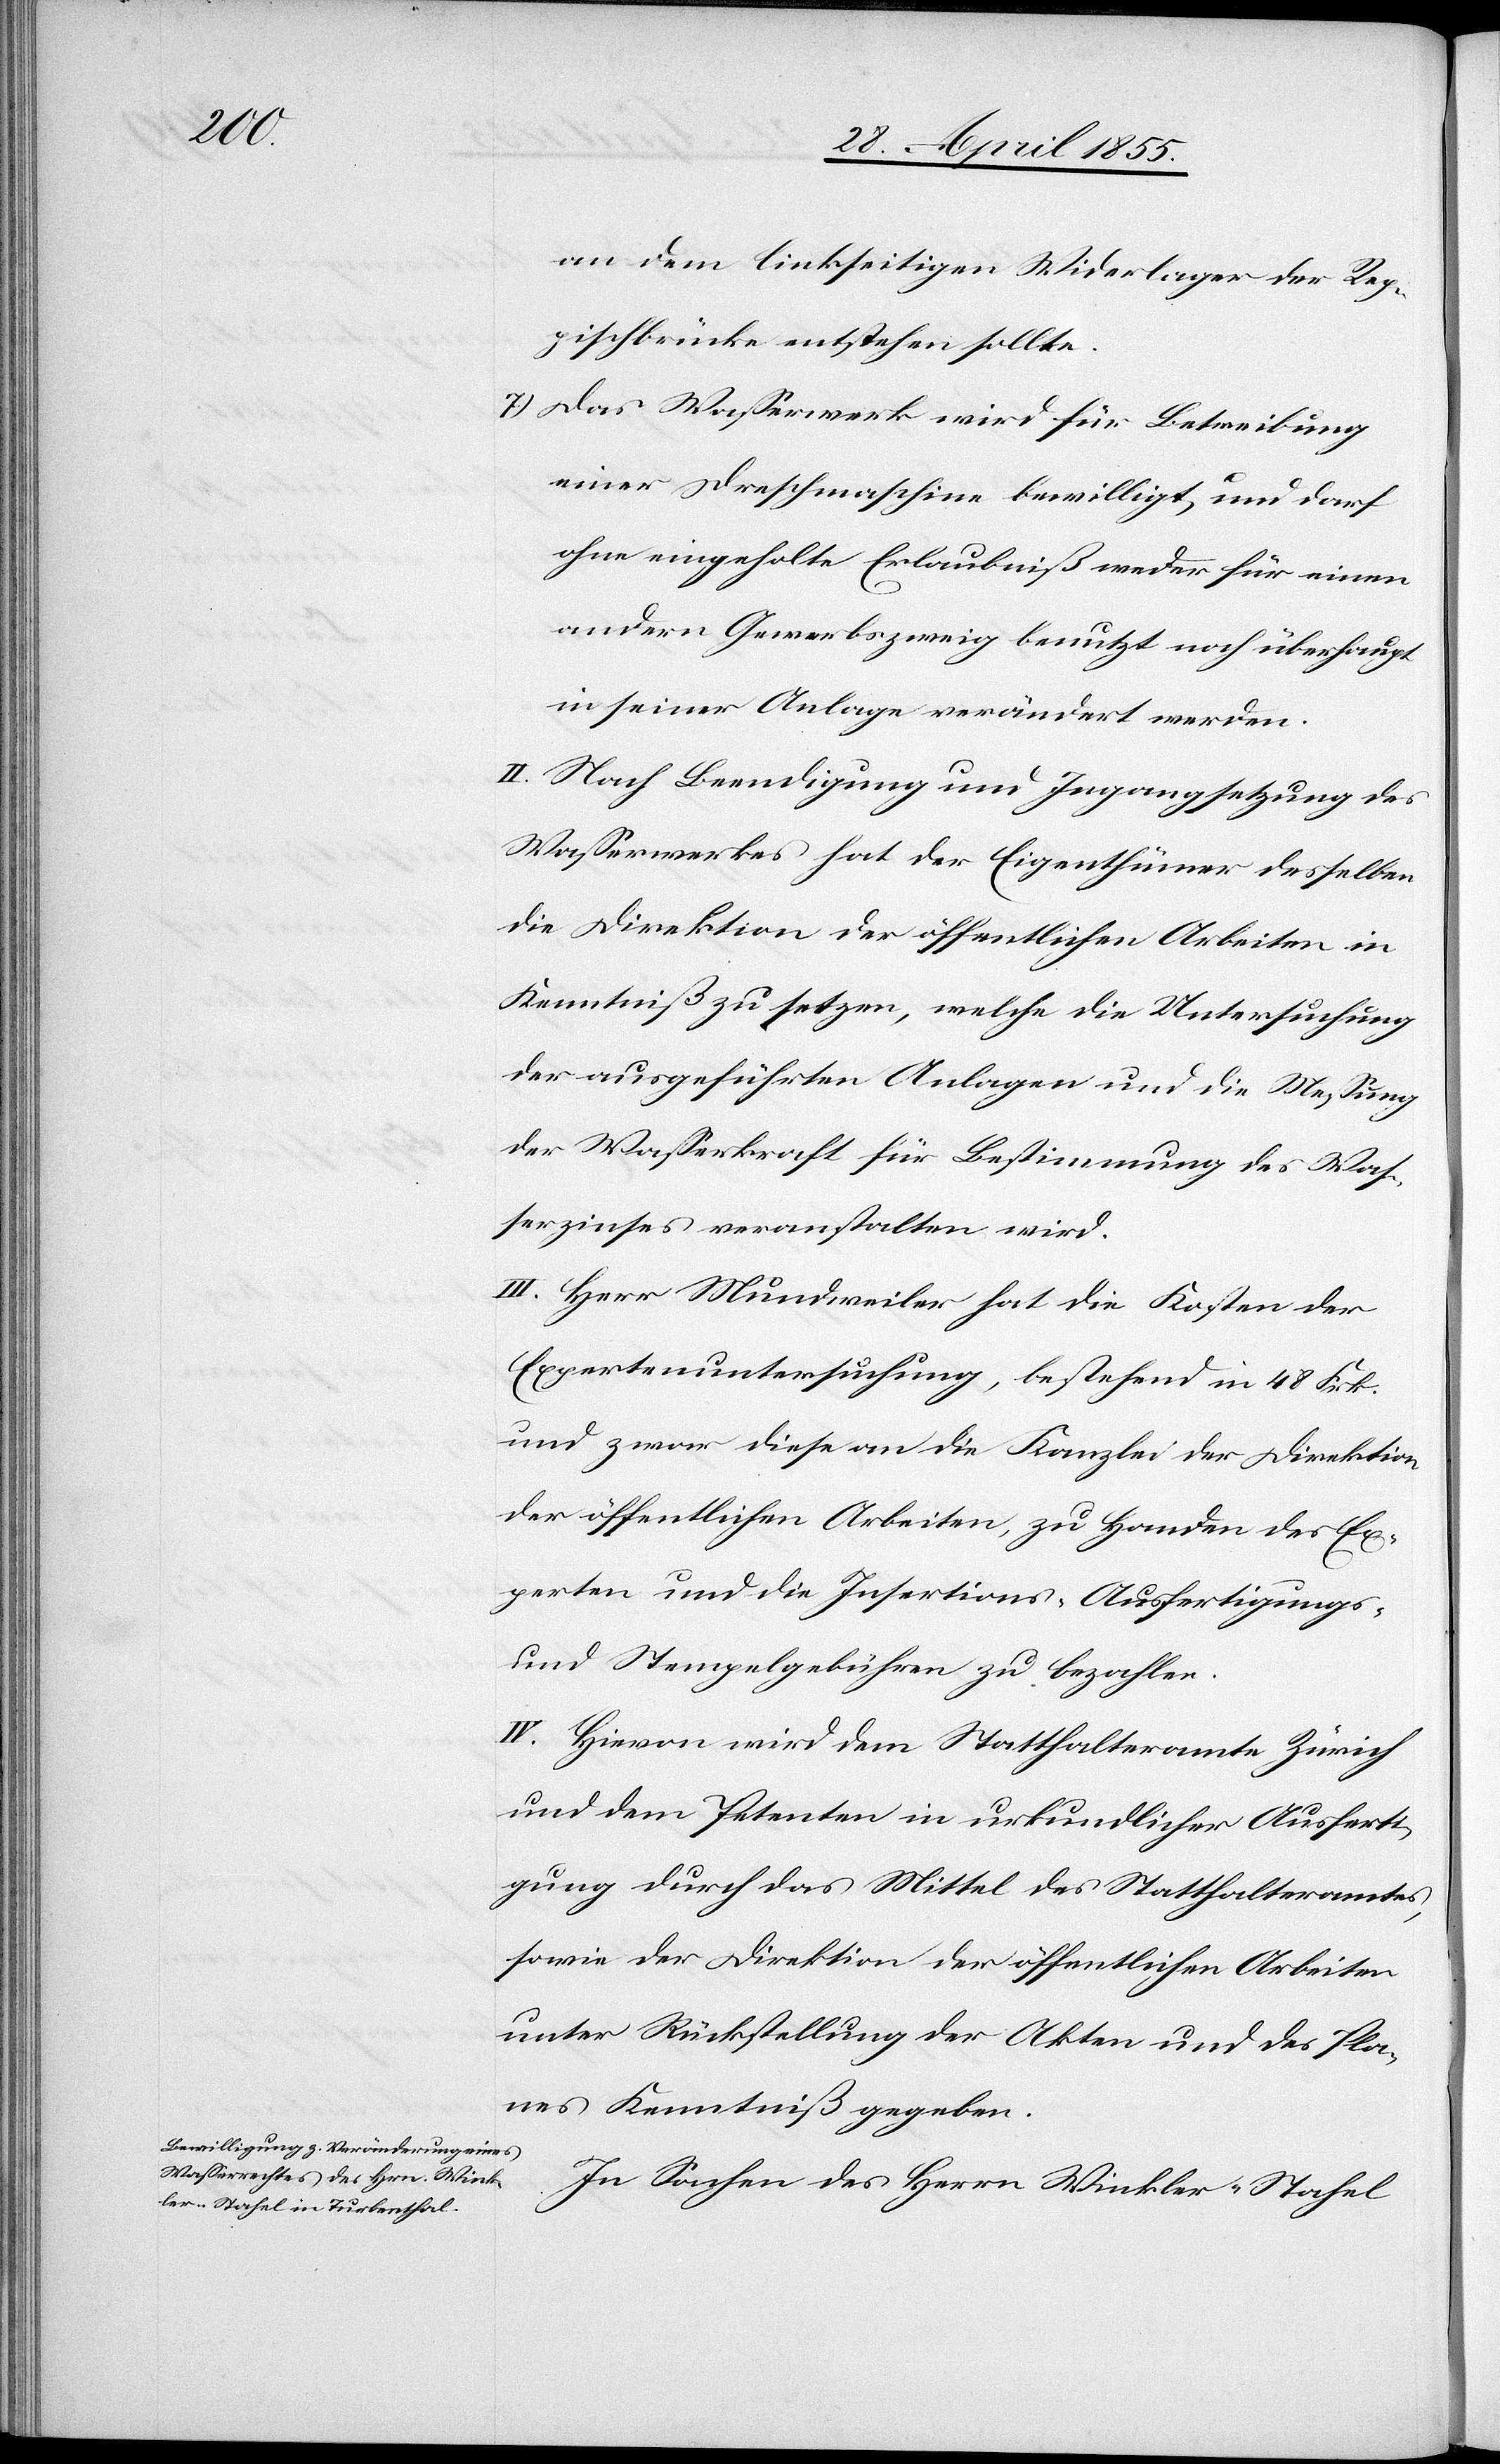
an dem linkseitigen Widerlager der Rep¬
pischbrücke entstehen sollte.
Das Wasserwerk wird für Betreibung
einer Dreschmaschine bewilligt, und darf
ohne eingeholte Erlaubniß weder für einen
andern Gewerbszweig benutzt noch überhaupt
in seiner Anlage verändert werden.
II. Nach Beendigung und Ingangsetzung des
Wasserwerkes hat der Eigenthümer desselben
die Direktion der öffentlichen Arbeiten in
Kenntniß zu setzen, welche die Untersuchung
der ausgeführten Anlagen und die Messung
der Wasserkraft für Bestimmung des Was¬
serzinses veranstalten wird.
III. Herr Mundweiler hat die Kosten der
Expertenuntersuchung, bestehend in 48 Frk.
und zwar diese an die Kanzlei der Direktion
der öffentlichen Arbeiten, zu Handen des Ex¬
perten und die Insertions-[,] Ausfertigungs-
und Stempelgebühren zu bezahlen.
IV. Hievon wird dem Statthalteramte Zürich
und dem Petenten in urkundlicher Ausferti¬
gung durch das Mittel des Statthalteramtes,
sowie der Direktion der öffentlichen Arbeiten
unter Rückstellung der Akten und des Pla¬
nes Kenntniß gegeben.
In Sachen des Herrn Winkler-Stahel